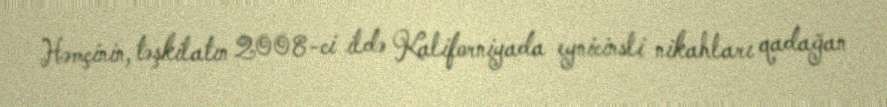
Həmçinin, təşkilatın 2008-ci ildə Kaliforniyada eynicinsli nikahları qadağan